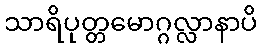
သာရိပုတ္တမောဂ္ဂလ္လာနာပိ